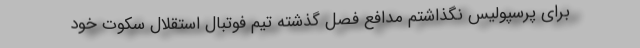
برای پرسپولیس نگذاشتم مدافع فصل گذشته تیم فوتبال استقلال سکوت خود